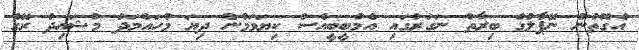
އެގޮތުން ނޭޕާލުގެ ބިރާތު ނަގަރުގައި އެމްބީބީއެސް ކިޔަވަމުން ދިޔަ މުހައްމަދު މުޝައިދު ރޭގެ